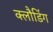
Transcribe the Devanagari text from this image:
क्लौडिंग